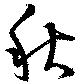
秋